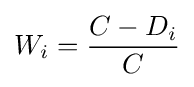
W_{i}={\frac {C-D_{i}}{C}}